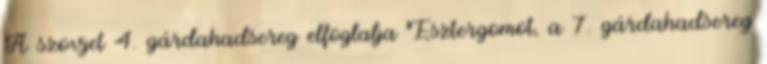
A szovjet 4. gárdahadsereg elfoglalja Esztergomot, a 7. gárdahadsereg